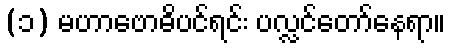
(၁) မဟာဗောဓိပင်ရင်း ပလ္လင်တော်နေရာ။